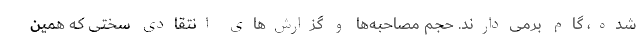
شده، گام برمی‌دارند. حجم مصاحبه‌ها و گزارش‌های انتقادی سختی که همین